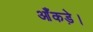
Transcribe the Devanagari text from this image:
आँकड़े।